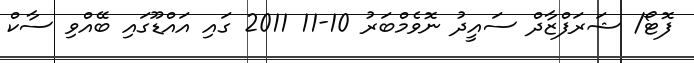
ފޮޓޯ/ ޝަރަފްޒާދް ސައީދު ނޮވެމްބަރު 10-11 2011 ގައި އައްޑޫގައި ބޭއްވި ސާކް